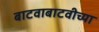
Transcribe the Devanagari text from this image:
बाटवाबाटवीच्या